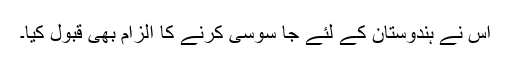
اس نے ہندوستان کے لئے جا سوسی کرنے کا الزام بھی قبول کیا۔